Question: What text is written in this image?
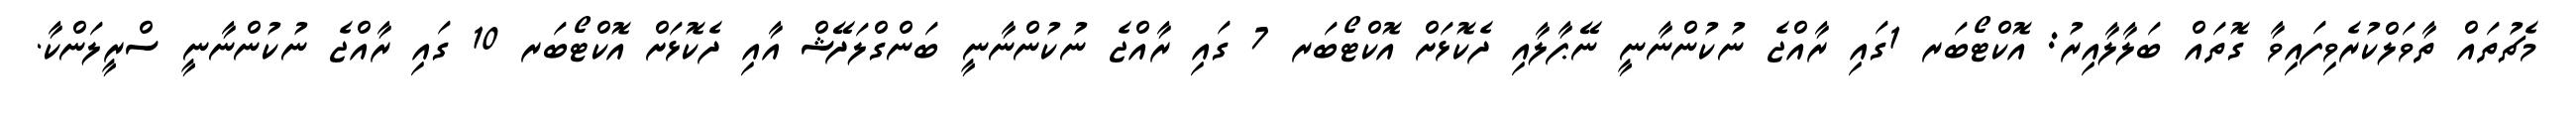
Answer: މެޗުތައް ތާވަލްކުރެވިފައިވާ ގޮތައް ބަލާލާއިރު: އޮކްޓޯބަރ 1ގައި ރާއްޖެ ނުކުންނާނީ ނޭޕާލާއި ދެކޮޅަށް އޮކްޓޯބަރ 7 ގައި ރާއްޖެ ނުކުންނާނީ ބަންގްލަދޭޝް އާއި ދެކޮޅަށް އޮކްޓޯބަރ 10 ގައި ރާއްޖެ ނުކުންނާނީ ސްރީލަންކާ.